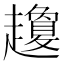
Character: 𧾣